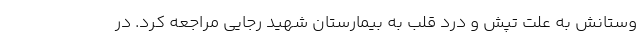
وستانش به علت تپش و درد قلب به بیمارستان شهید رجایی مراجعه کرد. در